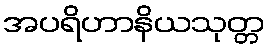
အပရိဟာနိယသုတ္တ